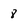
Character: 8